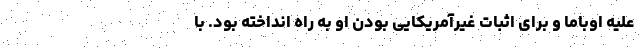
علیه اوباما و برای اثبات غیرآمریکایی بودن او به راه انداخته بود. با